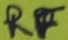
Text: RF